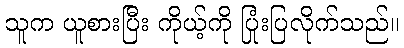
သူက ယူစားပြီး ကိုယ့်ကို ပြုံးပြလိုက်သည်။